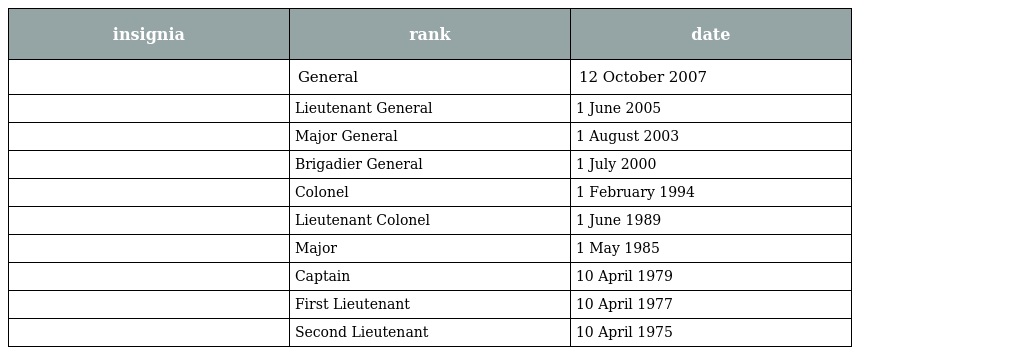
| insignia | rank | date |
 | --- | --- | --- |
 |  | General | 12 October 2007 |
 |  | Lieutenant General | 1 June 2005 |
 |  | Major General | 1 August 2003 |
 |  | Brigadier General | 1 July 2000 |
 |  | Colonel | 1 February 1994 |
 |  | Lieutenant Colonel | 1 June 1989 |
 |  | Major | 1 May 1985 |
 |  | Captain | 10 April 1979 |
 |  | First Lieutenant | 10 April 1977 |
 |  | Second Lieutenant | 10 April 1975 |